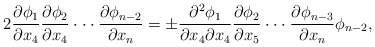
\begin{align*}2\frac{\partial \phi_1}{\partial x_4}\frac{\partial \phi_2}{\partial x_4}\cdot \cdot \cdot \frac{\partial \phi_{n-2}}{\partial x_{n}}=\pm \frac{\partial^2 \phi_1}{\partial x_4 \partial x_4}\frac{\partial \phi_2}{\partial x_5}\cdot\cdot\cdot\frac{\partial \phi_{n-3}}{\partial x_n}\phi_{n-2},\end{align*}